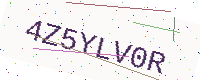
Text: 4Z5YLV0R